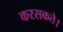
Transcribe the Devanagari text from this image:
करसकते।